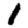
Digit: 1